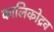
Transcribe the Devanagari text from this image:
कालिकोद्रव